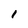
Character: l